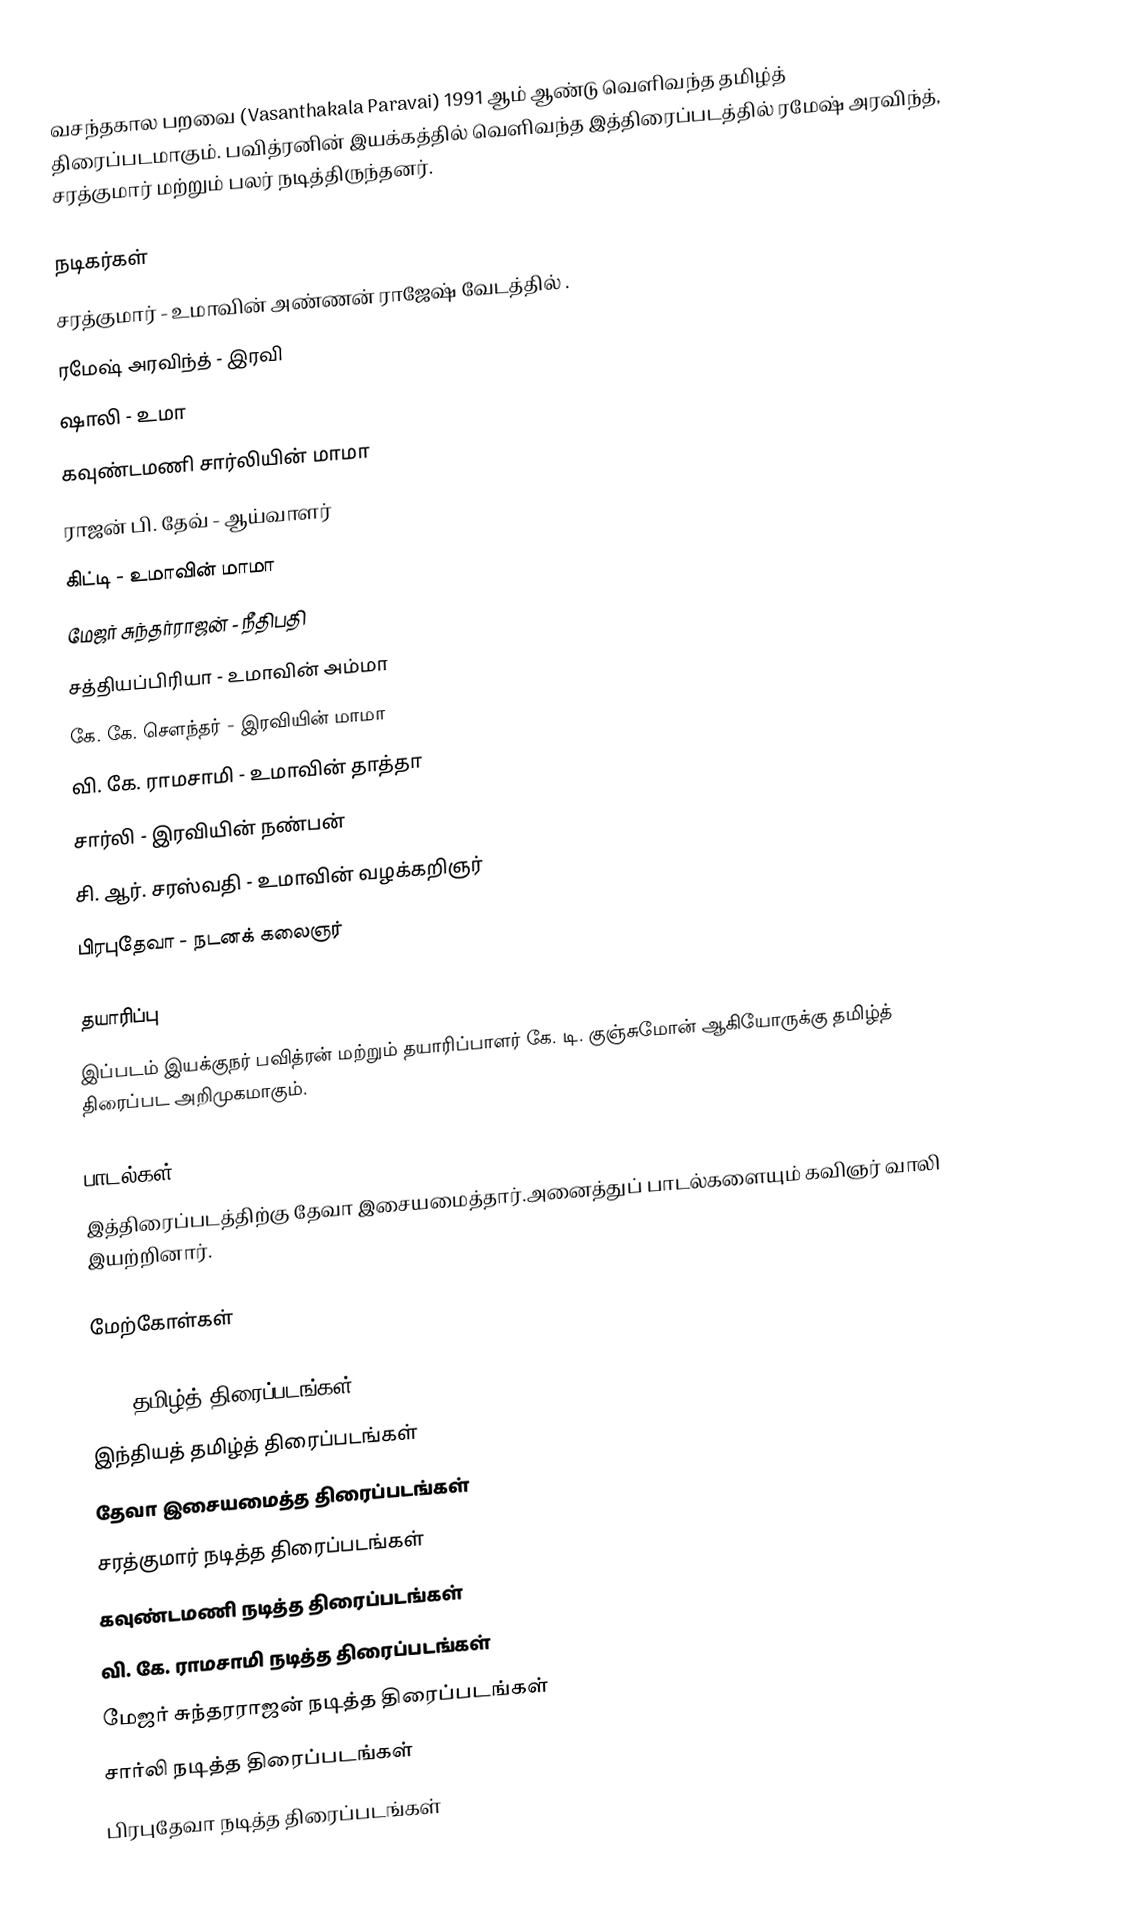
வசந்தகால பறவை (Vasanthakala Paravai) 1991 ஆம் ஆண்டு வெளிவந்த தமிழ்த் திரைப்படமாகும். பவித்ரனின் இயக்கத்தில் வெளிவந்த இத்திரைப்படத்தில் ரமேஷ் அரவிந்த், சரத்குமார் மற்றும் பலர் நடித்திருந்தனர்.

நடிகர்கள்
 சரத்குமார் - உமாவின் அண்ணன் ராஜேஷ் வேடத்தில்  .
 ரமேஷ் அரவிந்த் - இரவி
 ஷாலி - உமா
 கவுண்டமணி  சார்லியின் மாமா 
 ராஜன் பி. தேவ் -  ஆய்வாளர்
 கிட்டி - உமாவின் மாமா
 மேஜர் சுந்தர்ராஜன் - நீதிபதி
 சத்தியப்பிரியா -  உமாவின் அம்மா
 கே. கே. சௌந்தர் - இரவியின் மாமா
 வி. கே. ராமசாமி - உமாவின் தாத்தா
 சார்லி - இரவியின் நண்பன் 
 சி. ஆர். சரஸ்வதி - உமாவின் வழக்கறிஞர்
 பிரபுதேவா - நடனக் கலைஞர்

தயாரிப்பு
இப்படம் இயக்குநர் பவித்ரன் மற்றும்  தயாரிப்பாளர் கே. டி. குஞ்சுமோன் ஆகியோருக்கு தமிழ்த் திரைப்பட அறிமுகமாகும்.

பாடல்கள்
இத்திரைப்படத்திற்கு தேவா இசையமைத்தார்.அனைத்துப் பாடல்களையும் கவிஞர் வாலி இயற்றினார்.

மேற்கோள்கள்

1991 தமிழ்த் திரைப்படங்கள்
இந்தியத் தமிழ்த் திரைப்படங்கள்
தேவா இசையமைத்த திரைப்படங்கள்
சரத்குமார் நடித்த திரைப்படங்கள்
கவுண்டமணி நடித்த திரைப்படங்கள்
வி. கே. ராமசாமி நடித்த திரைப்படங்கள்
மேஜர் சுந்தரராஜன் நடித்த திரைப்படங்கள்
சார்லி நடித்த திரைப்படங்கள்
பிரபுதேவா நடித்த திரைப்படங்கள்